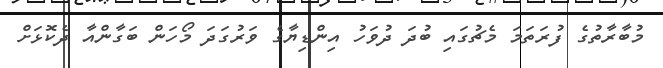
މުބާރާތުގެ ފުރަތަމަ މެޗުގައި ބުދަ ދުވަހު އިންޑިޔާގެ ވަރުގަދަ މޯހަން ބަގާންއާ ދެކޮޅަށް